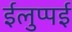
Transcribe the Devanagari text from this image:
ईलुप्पई